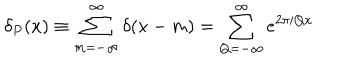
\delta _ { P } ( x ) \equiv \sum _ { m = - \infty } ^ { \infty } \delta ( x - m ) = \sum _ { Q = - \infty } ^ { \infty } e ^ { 2 \pi i Q x }